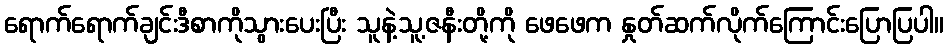
ရောက်ရောက်ချင်းဒီစာကိုသွားပေးပြီး သူနဲ့သူ့ဇနီးတို့ကို ဖေဖေက နှုတ်ဆက်လိုက်ကြောင်းပြောပြပါ။